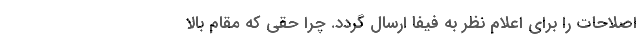
اصلاحات را برای اعلام نظر به فیفا ارسال گردد. چرا حقی که مقام بالا